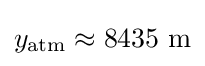
y_{\mathrm {atm} }\approx \mathrm {8435~m}